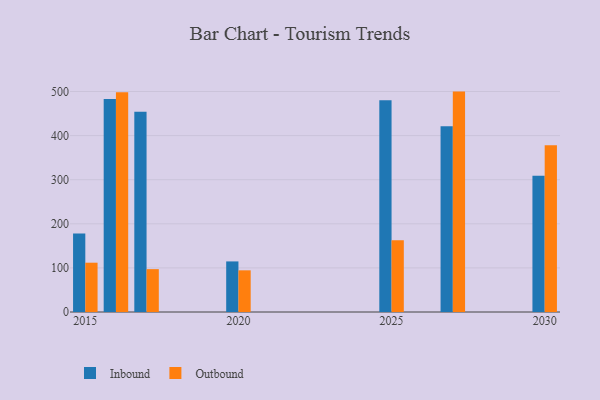
{"axis": {"x": "Year", "y": "Churn Rate (%)"}, "legend": ["Inbound", "Outbound"], "data": [{"x": "2016", "y": 483.1, "type": "Inbound"}, {"x": "2016", "y": 498.6, "type": "Outbound"}, {"x": "2027", "y": 421.2, "type": "Inbound"}, {"x": "2027", "y": 499.8, "type": "Outbound"}, {"x": "2015", "y": 178.1, "type": "Inbound"}, {"x": "2015", "y": 111.8, "type": "Outbound"}, {"x": "2025", "y": 480.0, "type": "Inbound"}, {"x": "2025", "y": 162.6, "type": "Outbound"}, {"x": "2017", "y": 453.9, "type": "Inbound"}, {"x": "2017", "y": 97.2, "type": "Outbound"}, {"x": "2020", "y": 114.7, "type": "Inbound"}, {"x": "2020", "y": 94.5, "type": "Outbound"}, {"x": "2030", "y": 308.7, "type": "Inbound"}, {"x": "2030", "y": 377.9, "type": "Outbound"}]}